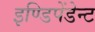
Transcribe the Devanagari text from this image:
इण्डिपेंडेन्ट